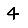
Digit: 4